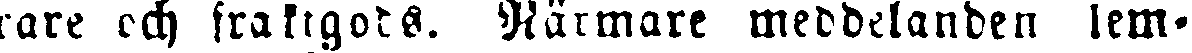
rare och fraktgods. Närmare meddelanden lem-